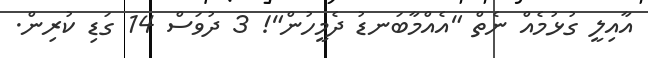
އާއިލީ ގުޅުމެއް ނެތް "އެއްމާބަނޑު ދެމީހުން"! 3 ދުވަސް 14 ގަޑި ކުރިން.